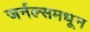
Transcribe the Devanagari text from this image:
जर्नल्समधून